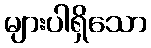
များပါရှိသော